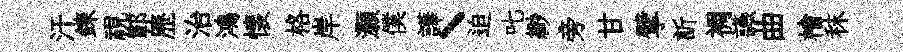
汗鍊視鄆歷治鴻懐格岸灝僕譁丶迫叱緲旁甘擘訢裯讌曲檜秣